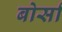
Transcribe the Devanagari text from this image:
बोर्सा